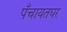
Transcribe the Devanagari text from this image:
पँचायतघर